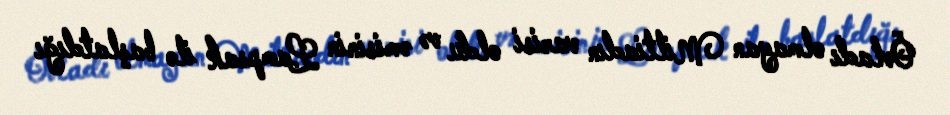
Övladı olmayan Miltiadın varisi oldu və əmisinin Lampsak ilə başlatdığı